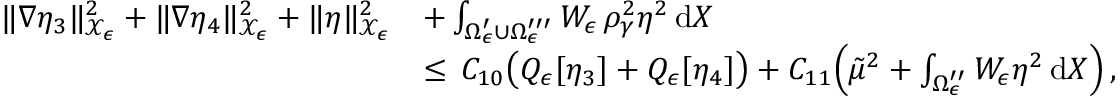
\begin{array} { r l } { \| \nabla \eta _ { 3 } \| _ { \mathcal { X } _ { \epsilon } } ^ { 2 } + \| \nabla \eta _ { 4 } \| _ { \mathcal { X } _ { \epsilon } } ^ { 2 } + \| \eta \| _ { \mathcal { X } _ { \epsilon } } ^ { 2 } } & { + \int _ { \Omega _ { \epsilon } ^ { \prime } \cup \Omega _ { \epsilon } ^ { \prime \prime \prime } } W _ { \epsilon } \, \rho _ { \gamma } ^ { 2 } \eta ^ { 2 } \, \mathrm { d } X } \\ { \, } & { \le \, C _ { 1 0 } \bigl ( Q _ { \epsilon } [ \eta _ { 3 } ] + Q _ { \epsilon } [ \eta _ { 4 } ] \bigr ) + C _ { 1 1 } \Bigl ( \tilde { \mu } ^ { 2 } + \int _ { \Omega _ { \epsilon } ^ { \prime \prime } } W _ { \epsilon } \eta ^ { 2 } \, \mathrm { d } X \Bigr ) \, , } \end{array}